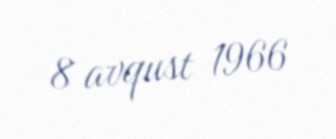
8 avqust 1966